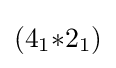
(4_{1}{*}2_{1})